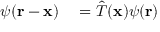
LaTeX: \begin{array} { r l } { \psi ( \mathbf { r } - \mathbf { x } ) } & { { } = { \hat { T } } ( \mathbf { x } ) \psi ( \mathbf { r } ) } \end{array}